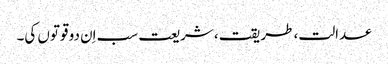
عدالت، طریقت، شریعت سب اِن دو قوتوں کی۔